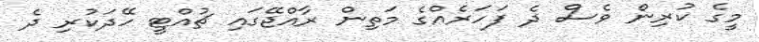
މީގެ ކުރިން ވެސް ދެ ފަހަރެއްގެ މަތިން ރާއްޖޭގައި ޗުއްޓީ ހޭދަކުރި ދެ